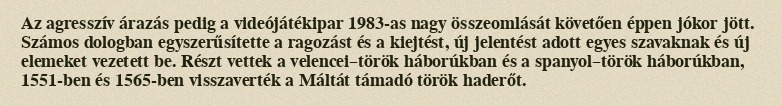
Az agresszív árazás pedig a videójátékipar 1983-as nagy összeomlását követően éppen jókor jött. Számos dologban egyszerűsítette a ragozást és a kiejtést, új jelentést adott egyes szavaknak és új elemeket vezetett be. Részt vettek a velencei–török háborúkban és a spanyol–török háborúkban, 1551-ben és 1565-ben visszaverték a Máltát támadó török haderőt.